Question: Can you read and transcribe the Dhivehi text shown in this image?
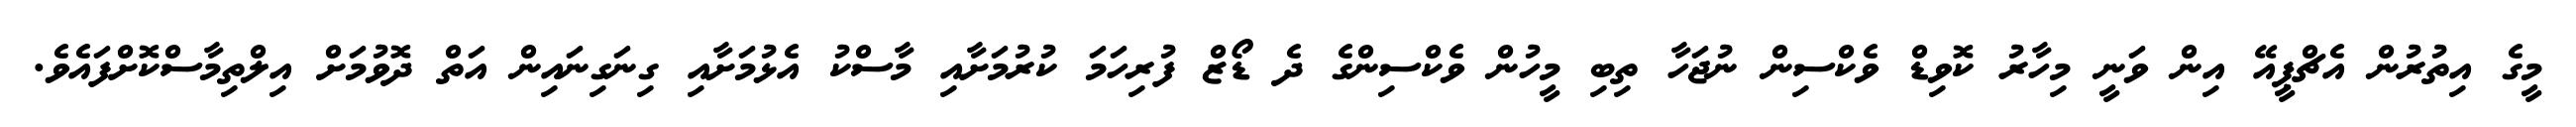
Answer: މީގެ އިތުރުން އެޗްޕީއޭ އިން ވަނީ މިހާރު ކޮވިޑް ވެކްސިން ނުޖަހާ ތިބި މީހުން ވެކްސިންގެ ދެ ޑޯޒް ފުރިހަމަ ކުރުމަށާއި މާސްކު އެޅުމަށާއި ގިނަގިނައިން އަތް ދޮވުމަށް އިލްތިމާސްކޮށްފައެވެ.